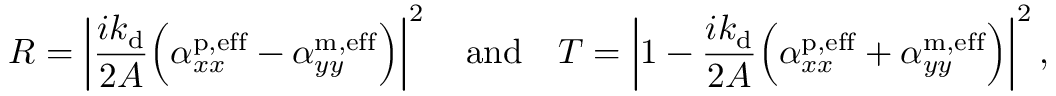
R = \left\lvert \frac { i k _ { \mathrm { d } } } { 2 A } \Bigl ( \alpha _ { x x } ^ { \mathrm { p , e f f } } - \alpha _ { y y } ^ { \mathrm { m , e f f } } \Bigr ) \right\rvert ^ { 2 } \quad \mathrm { a n d } \quad T = \left\lvert 1 - \frac { i k _ { \mathrm { d } } } { 2 A } \Bigl ( \alpha _ { x x } ^ { \mathrm { p , e f f } } + \alpha _ { y y } ^ { \mathrm { m , e f f } } \Bigr ) \right\rvert ^ { 2 } ,